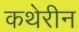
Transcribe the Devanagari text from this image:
कथेरीन